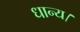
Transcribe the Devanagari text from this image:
धान्य।